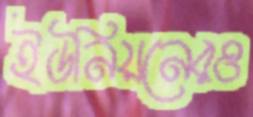
ইউনিয়নেরও